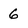
Character: 6